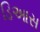
ડિઆસ